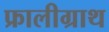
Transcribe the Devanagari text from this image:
फ्रालीग्राथ